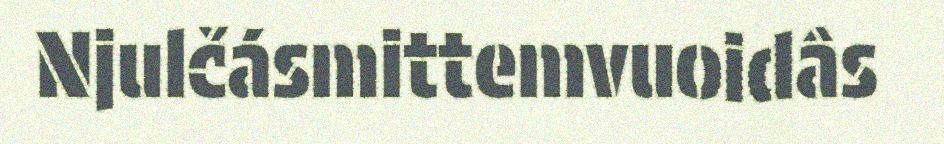
Njulčásmittemvuoidâs